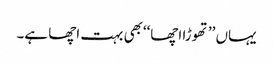
یہاں ’’تھوڑا اچھا‘‘بھی بہت اچھا ہے۔